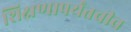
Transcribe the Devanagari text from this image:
शिक्षणापर्यंतचीच